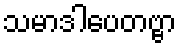
သမာဒါပေတဗ္ဗာ